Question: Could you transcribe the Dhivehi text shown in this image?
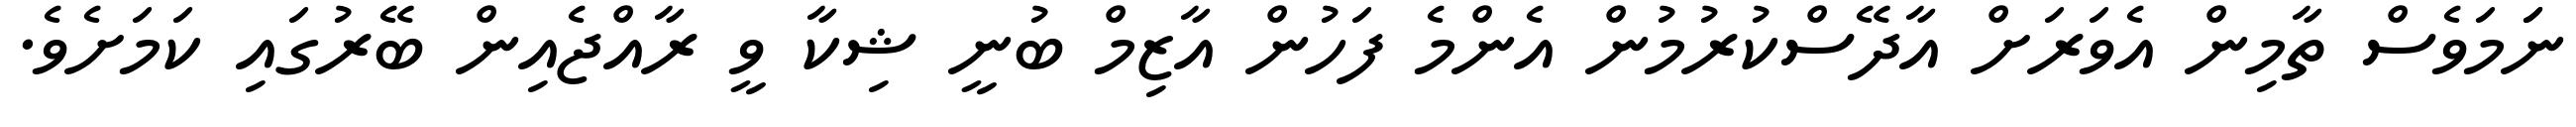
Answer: ނަަމަވެސް ތާމިން އެވަރަށް އާދޭސްކުރުމުން އެންމެ ފަހުން އާޒިމް ބުނީ ޝިކާ ވީ ރާއްޖެއިން ބޭރުގައި ކަމަށެވެ.